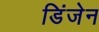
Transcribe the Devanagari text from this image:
डिंजेन